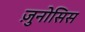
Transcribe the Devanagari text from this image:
ज़ुनोसिस